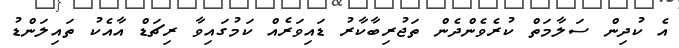
އެ ކުދިން ސަލާމަތް ކުރެވެންދެން ތަޖުރިބާކާރު ޑައިވަރެއް ކަމުގައިވާ ރިޗަޑް އާއެކު ތައިލަންޑު